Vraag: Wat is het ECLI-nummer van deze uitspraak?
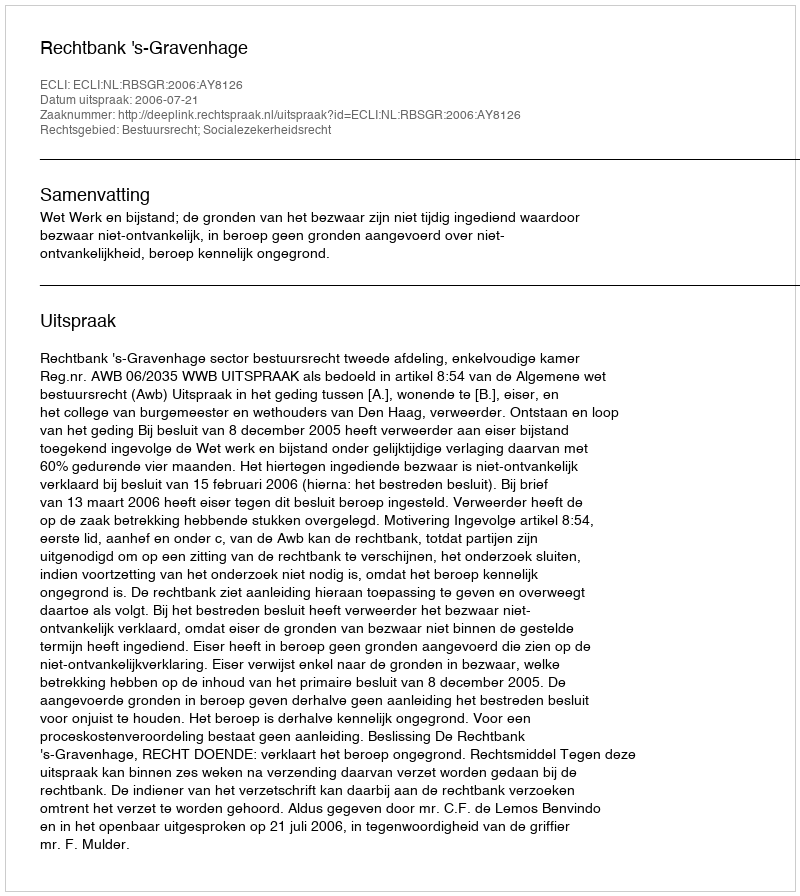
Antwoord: ECLI:NL:RBSGR:2006:AY8126